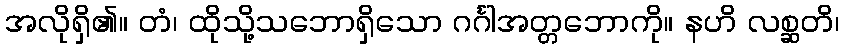
အလိုရှိ၏။ တံ၊ ထိုသို့သဘောရှိသော ဂင်္ဂါအတ္တဘောကို။ နဟိ လစ္ဆတိ၊